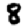
Digit: 8